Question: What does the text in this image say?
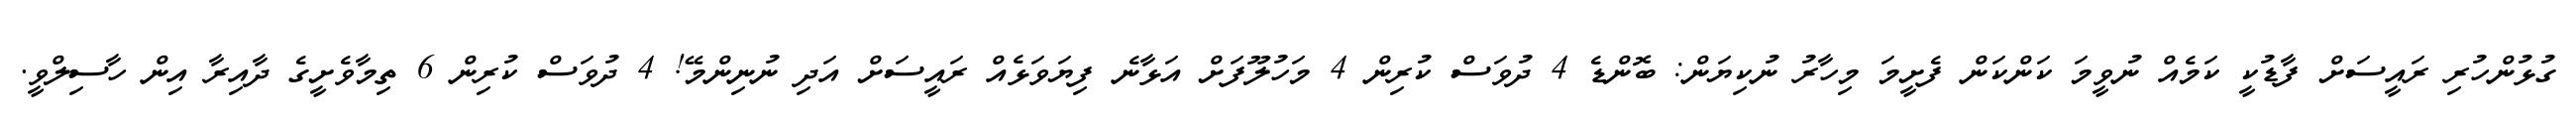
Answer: ގުޅުންހުރި ރައީސަށް ފާޑުކީ ކަމެއް ނުވީމަ ކަންކަން ފެށީމަ މިހާރު ނުކިޔަން: ބޮންޑެ 4 ދުވަސް ކުރިން 4 މަހުލޫފަށް އަޅާނެ ފިޔަވަޅެއް ރައީސަށް އަދި ނުނިންމޭ! 4 ދުވަސް ކުރިން 6 ތިމާވެށީގެ ދާއިރާ އިން ހާސިލްވީ.